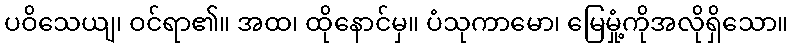
ပဝိသေယျ၊ ဝင်ရာ၏။ အထ၊ ထိုနောင်မှ။ ပံသုကာမော၊ မြေမှုံ့ကိုအလိုရှိသော။